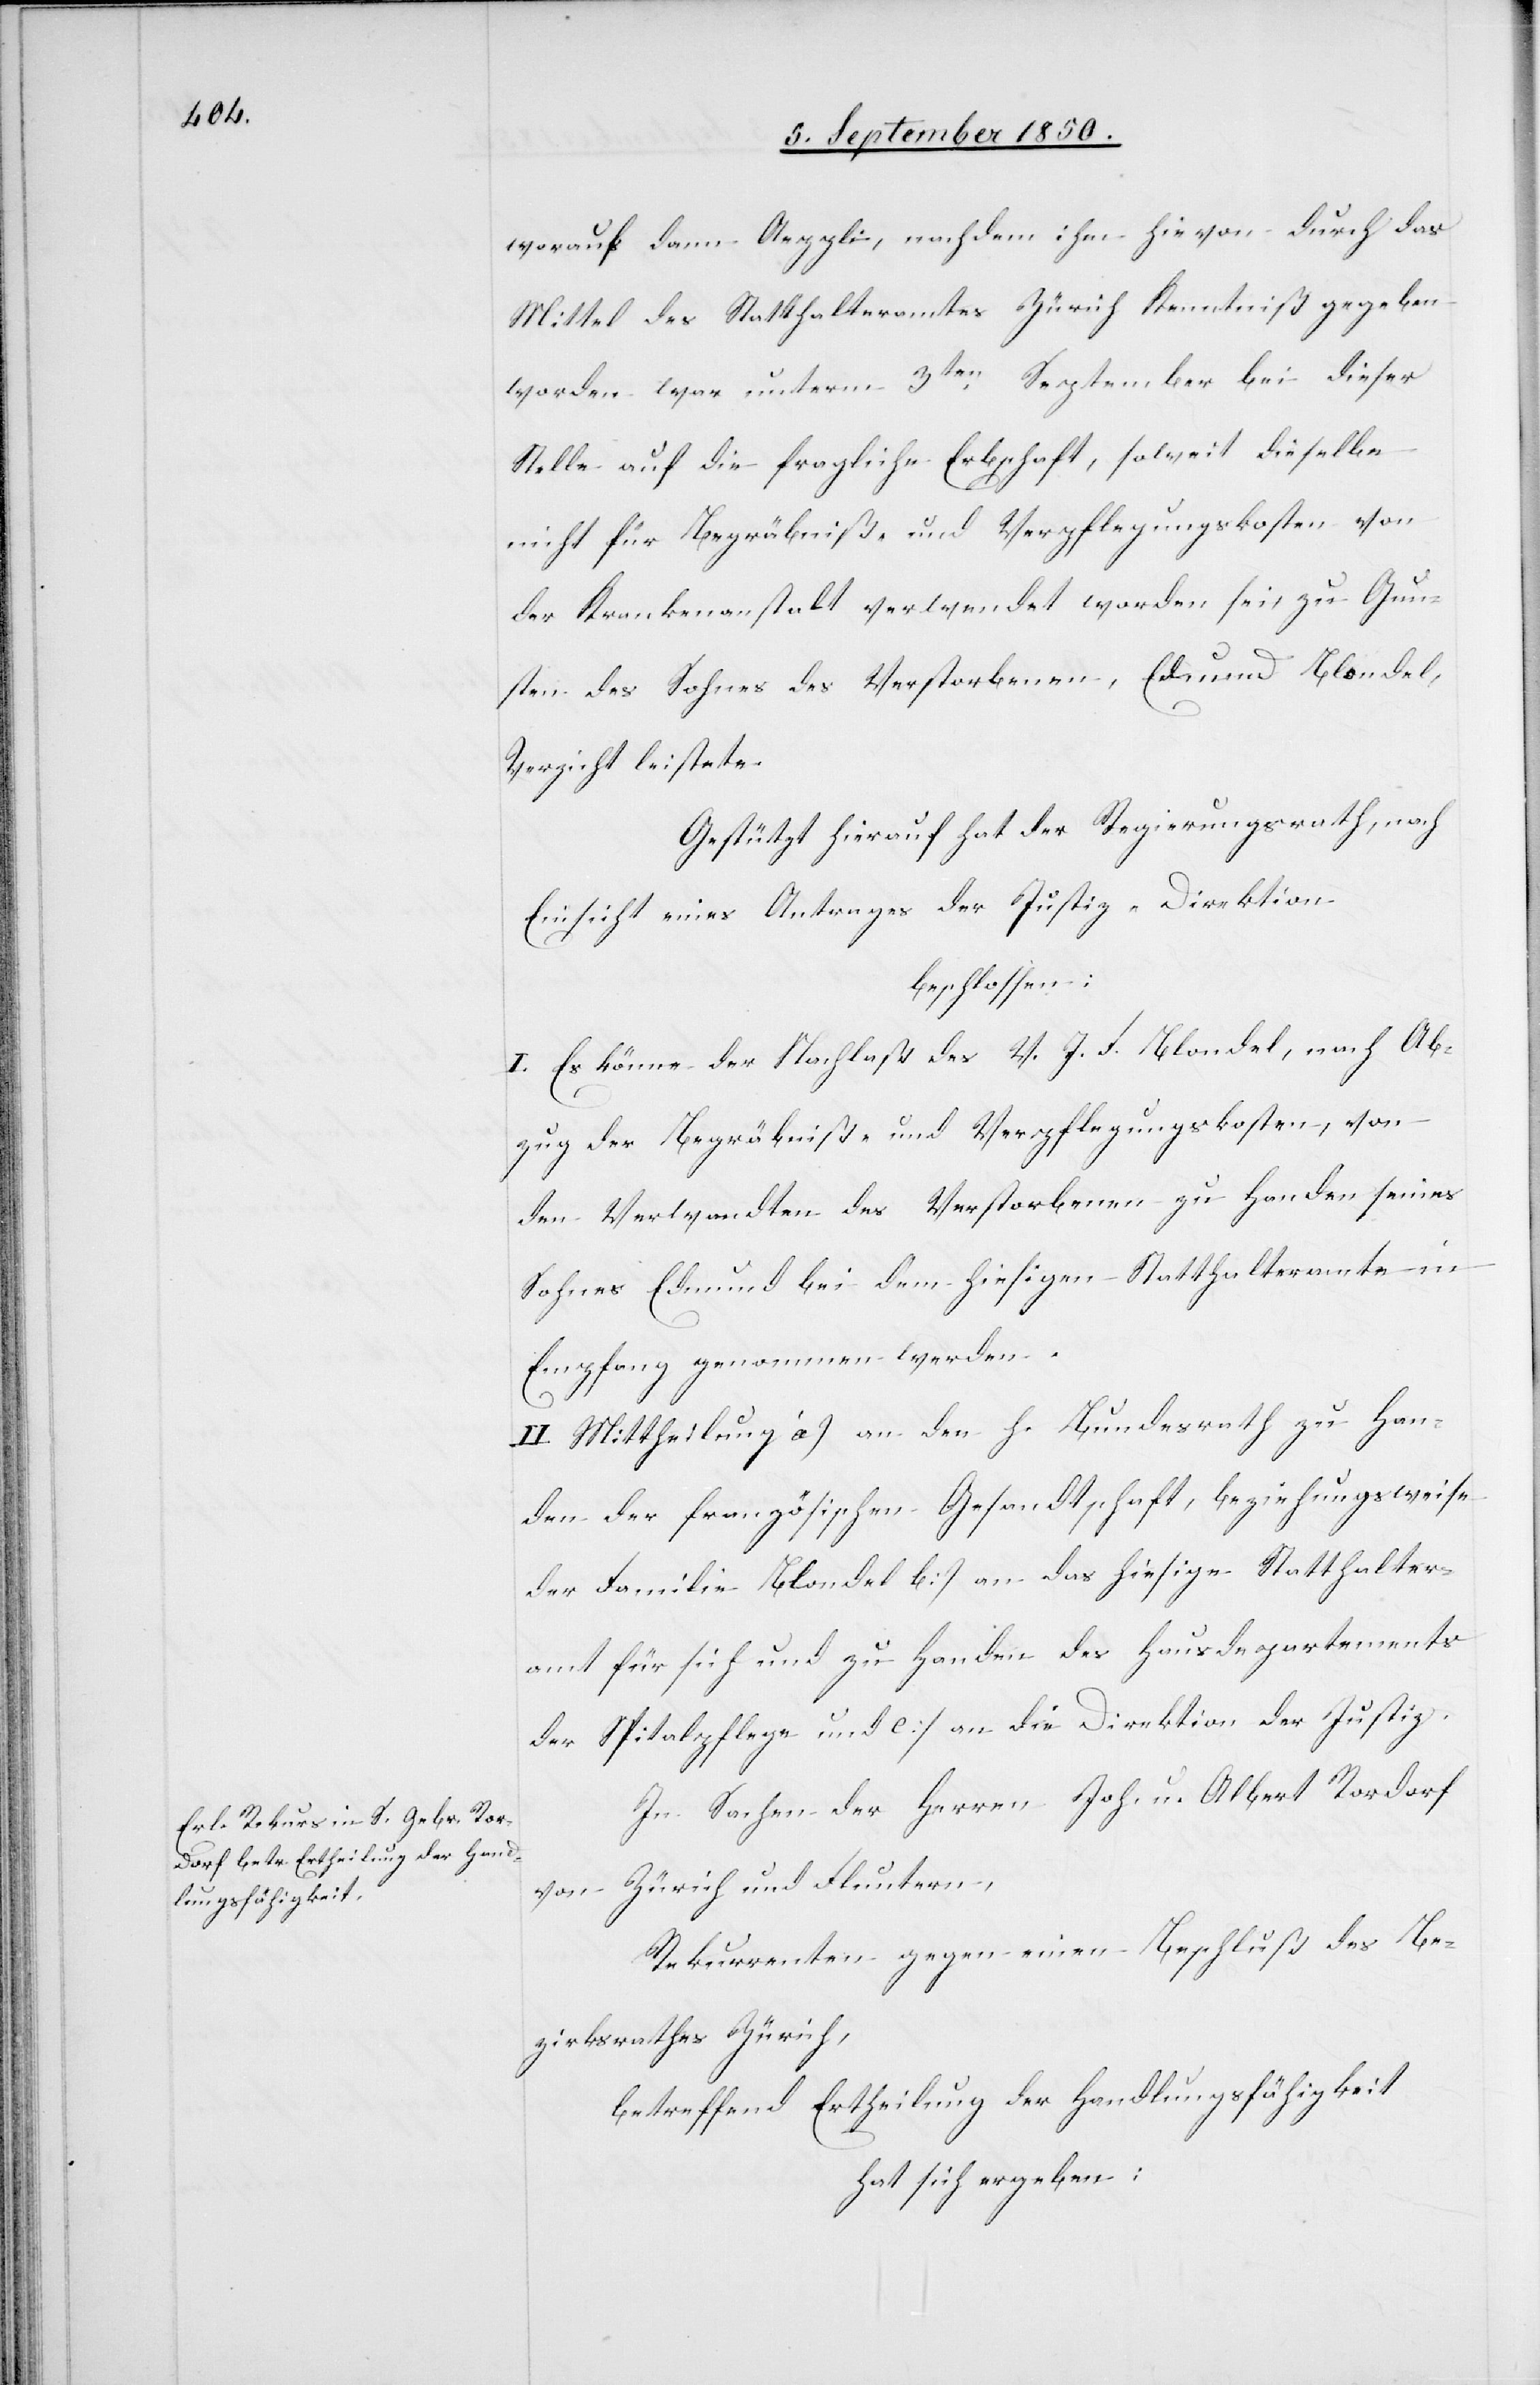
worauf dann Aeppli, nachdem ihm hievon durch das
Mittel des Statthalteramtes Zürich Kenntniß gegeben
worden war unterm 3ten September bei dieser
Stelle auf die fragliche Erbschaft, soweit dieselbe
nicht für Begräbniß- und Verpflegungskosten von
der Krankenanstalt verwendet worden sei, zu Gun¬
sten des Sohnes des Verstorbenen, Edmund Blondel,
Verzicht leistete
Gestützt hierauf hat der Regierungsrath, nach
Einsicht eines Antrages der Justiz-Direktion
beschlossen:
I. Es könne der Nachlaß des V. J. F. Blondel, nach Ab¬
zug der Begrägniß- und Verpflegungskosten, von
den Verwandten des Verstorbenen zu Handen seines
Sohnes Edmund bei dem hiesigen Statthalteramte in
Empfang genommen werden.
II. Mittheilung a) an den h. Bundesrath zu Han¬
den der französischen Gesandtschaft, beziehungsweise
der Familie Blondel b:) an das hiesige Statthalter¬
amt für sich und zu Handen des Hausdepartements
der Spitalpflege und c:) an die Direktion der Justiz.
In Sachen der Herren Joh. u. Albert Rordorf
Zürich und Fluntern,
von
Rekurrenten gegen einen Beschluß des Be¬
zirksrathes Zürich,
betreffend Ertheilung der Handlungsfähigkeit
hat sich ergeben: